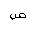
Letter: _sad